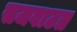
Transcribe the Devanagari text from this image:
सजवाटत